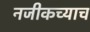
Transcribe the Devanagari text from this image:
नजीकच्याच